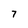
Character: 7